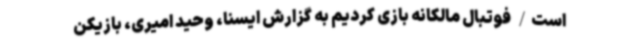
است/ فوتبال مالکانه بازی کردیم به گزارش ایسنا، وحید امیری، بازیکن